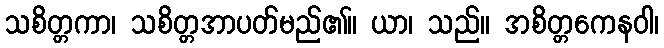
သစိတ္တကာ၊ သစိတ္တအာပတ်မည်၏။ ယာ၊ သည်။ အစိတ္တကေနဝါ၊